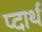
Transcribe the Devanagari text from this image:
प्दार्थ